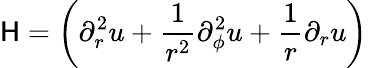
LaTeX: \mathsf{H}=\left(\partial_{r}^{2}u+\frac{{1}}{{r^{2}}}\partial_{\phi}^{2}u+\frac{{1}}{{r}}\partial_{r}u\right)